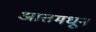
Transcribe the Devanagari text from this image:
आतमधून